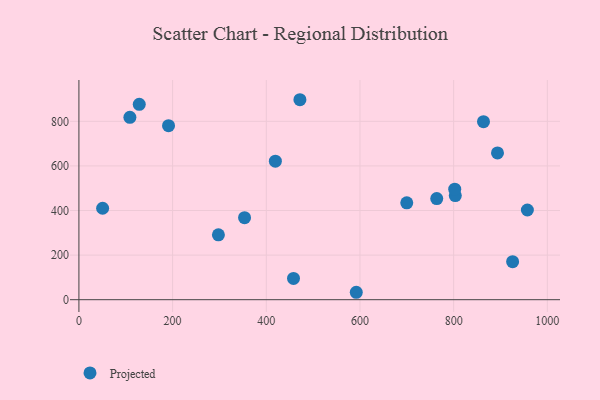
{"axis": {"x": "Investment", "y": "Profit"}, "legend": ["Projected"], "data": [{"x": "458.1", "y": 95.5, "type": "Projected"}, {"x": "128.8", "y": 876.2, "type": "Projected"}, {"x": "803.5", "y": 467.2, "type": "Projected"}, {"x": "50.6", "y": 410.1, "type": "Projected"}, {"x": "592.1", "y": 33.3, "type": "Projected"}, {"x": "893.6", "y": 658.2, "type": "Projected"}, {"x": "802.3", "y": 495.9, "type": "Projected"}, {"x": "925.9", "y": 170.6, "type": "Projected"}, {"x": "957.4", "y": 402.3, "type": "Projected"}, {"x": "763.9", "y": 453.5, "type": "Projected"}, {"x": "863.7", "y": 798.3, "type": "Projected"}, {"x": "471.8", "y": 896.9, "type": "Projected"}, {"x": "419.4", "y": 621.3, "type": "Projected"}, {"x": "108.8", "y": 817.8, "type": "Projected"}, {"x": "191.3", "y": 780.6, "type": "Projected"}, {"x": "699.9", "y": 434.7, "type": "Projected"}, {"x": "353.6", "y": 368.0, "type": "Projected"}, {"x": "297.8", "y": 290.9, "type": "Projected"}]}